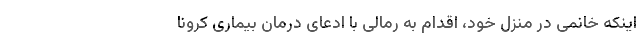
اینکه خانمی در منزل خود، اقدام به رمالی با ادعای درمان بیماری کرونا